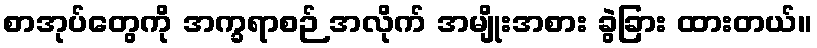
စာအုပ်တွေကို အက္ခရာစဉ် အလိုက် အမျိုးအစား ခွဲခြား ထားတယ်။